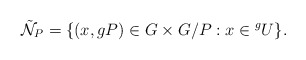
\begin{align*} \tilde{\mathcal{N}}_{P} = \{(x, gP)\in G\times G/P: x \in {}^gU\}.\end{align*}